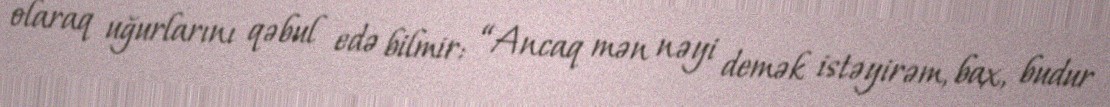
olaraq uğurlarını qəbul edə bilmir: “Ancaq mən nəyi demək istəyirəm, bax, budur